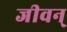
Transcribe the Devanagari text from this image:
जीवन्